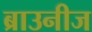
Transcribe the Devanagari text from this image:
ब्राउनीज